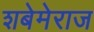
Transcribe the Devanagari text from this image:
शबेमेराज